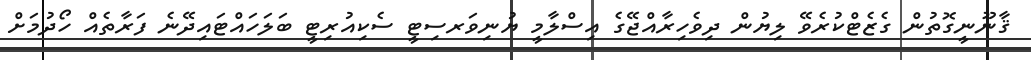
ޤާނޫނީގޮތުން ގެޒެޓްކުރެވޭ ލިޔުން ދިވެހިރާއްޖޭގެ އިސްލާމީ ޔުނިވަރސިޓީ ސެކިއުރިޓީ ބަލަހައްޓައިދޭނެ ފަރާތެއް ހޯދުމަށް